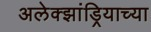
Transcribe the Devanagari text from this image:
अलेक्झांड्रियाच्या